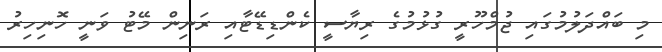
މި ބައްދަލުމުގައި ޖުމްހޫރީ ގުޅުމުގެ ރިޔާސީ ކެންޑިޑޭޓާއި ރަނިން މޭޓު ވަނީ ހޮނިހިރު